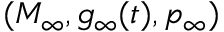
( M _ { \infty } , g _ { \infty } ( t ) , p _ { \infty } )